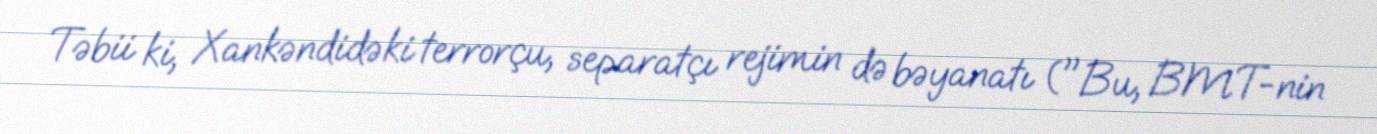
Təbii ki, Xankəndidəki terrorçu, separatçı rejimin də bəyanatı ("Bu, BMT-nin